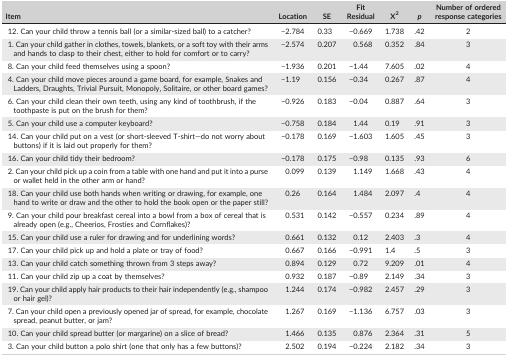
<table><thead><tr><td><b>Item</b></td><td><b>Location</b></td><td><b>SE</b></td><td><b>Fit Residual</b></td><td><b>Χ<sup>2</sup></b></td><td><b><i>p</i></b></td><td><b>Number of ordered response categories</b></td></tr></thead><tbody><tr><td>12. Can your child throw a tennis ball (or a similar‐sized ball) to a catcher?</td><td>−2.784</td><td>0.33</td><td>−0.669</td><td>1.738</td><td>.42</td><td>2</td></tr><tr><td>1. Can your child gather in clothes, towels, blankets, or a soft toy with their arms and hands to clasp to their chest, either to hold for comfort or to carry?</td><td>−2.574</td><td>0.207</td><td>0.568</td><td>0.352</td><td>.84</td><td>3</td></tr><tr><td>8. Can your child feed themselves using a spoon?</td><td>−1.936</td><td>0.201</td><td>−1.44</td><td>7.605</td><td>.02</td><td>4</td></tr><tr><td>4. Can your child move pieces around a game board, for example, Snakes and Ladders, Draughts, Trivial Pursuit, Monopoly, Solitaire, or other board games?</td><td>−1.19</td><td>0.156</td><td>−0.34</td><td>0.267</td><td>.87</td><td>4</td></tr><tr><td>6. Can your child clean their own teeth, using any kind of toothbrush, if the toothpaste is put on the brush for them?</td><td>−0.926</td><td>0.183</td><td>−0.04</td><td>0.887</td><td>.64</td><td>3</td></tr><tr><td>5. Can your child use a computer keyboard?</td><td>−0.758</td><td>0.184</td><td>1.44</td><td>0.19</td><td>.91</td><td>3</td></tr><tr><td>14. Can your child put on a vest (or short‐sleeved T‐shirt—do not worry about buttons) if it is laid out properly for them?</td><td>−0.178</td><td>0.169</td><td>−1.603</td><td>1.605</td><td>.45</td><td>3</td></tr><tr><td>16. Can your child tidy their bedroom?</td><td>−0.178</td><td>0.175</td><td>−0.98</td><td>0.135</td><td>.93</td><td>6</td></tr><tr><td>2. Can your child pick up a coin from a table with one hand and put it into a purse or wallet held in the other arm or hand?</td><td>0.099</td><td>0.139</td><td>1.149</td><td>1.668</td><td>.43</td><td>4</td></tr><tr><td>18. Can your child use both hands when writing or drawing, for example, one hand to write or draw and the other to hold the book open or the paper still?</td><td>0.26</td><td>0.164</td><td>1.484</td><td>2.097</td><td>.4</td><td>4</td></tr><tr><td>9. Can your child pour breakfast cereal into a bowl from a box of cereal that is already open (e.g., Cheerios, Frosties and Cornflakes)?</td><td>0.531</td><td>0.142</td><td>−0.557</td><td>0.234</td><td>.89</td><td>4</td></tr><tr><td>15. Can your child use a ruler for drawing and for underlining words?</td><td>0.661</td><td>0.132</td><td>0.12</td><td>2.403</td><td>.3</td><td>4</td></tr><tr><td>17. Can your child pick up and hold a plate or tray of food?</td><td>0.667</td><td>0.166</td><td>−0.991</td><td>1.4</td><td>.5</td><td>3</td></tr><tr><td>13. Can your child catch something thrown from 3 steps away?</td><td>0.894</td><td>0.129</td><td>0.72</td><td>9.209</td><td>.01</td><td>4</td></tr><tr><td>11. Can your child zip up a coat by themselves?</td><td>0.932</td><td>0.187</td><td>−0.89</td><td>2.149</td><td>.34</td><td>3</td></tr><tr><td>19. Can your child apply hair products to their hair independently (e.g., shampoo or hair gel)?</td><td>1.244</td><td>0.174</td><td>−0.982</td><td>2.457</td><td>.29</td><td>3</td></tr><tr><td>7. Can your child open a previously opened jar of spread, for example, chocolate spread, peanut butter, or jam?</td><td>1.267</td><td>0.169</td><td>−1.136</td><td>6.757</td><td>.03</td><td>3</td></tr><tr><td>10. Can your child spread butter (or margarine) on a slice of bread?</td><td>1.466</td><td>0.135</td><td>0.876</td><td>2.364</td><td>.31</td><td>5</td></tr><tr><td>3. Can your child button a polo shirt (one that only has a few buttons)?</td><td>2.502</td><td>0.194</td><td>−0.224</td><td>2.182</td><td>.34</td><td>3</td></tr></tbody></table>